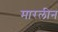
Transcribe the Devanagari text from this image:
मारलीन